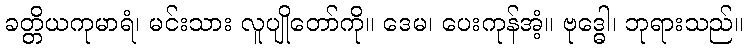
ခတ္တိယကုမာရံ၊ မင်းသား လူပျိုတော်ကို။ ဒေမ၊ ပေးကုန်အံ့။ ဗုဒ္ဓေါ၊ ဘုရားသည်။